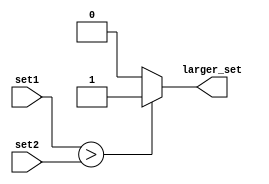
module magnitude_comparator (
    input [7:0] set1,
    input [7:0] set2,
    output larger_set
);

assign larger_set = (set1 > set2) ? 1 : 0;

endmodule